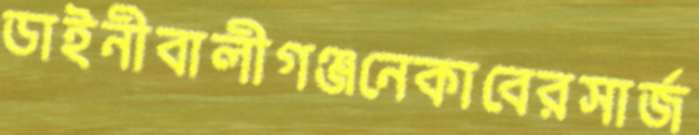
ডাইনীবালীগঞ্জনেকাবেরসার্জ